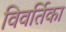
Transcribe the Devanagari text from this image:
विवर्तिका